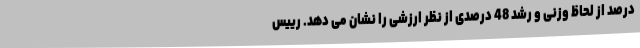
درصد از لحاظ وزنی و رشد 48 درصدی از نظر ارزشی را نشان می دهد. رییس